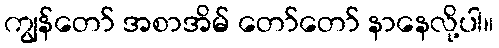
ကျွန်တော် အစာအိမ် တော်တော် နာနေလို့ပါ။